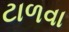
ટાળવા